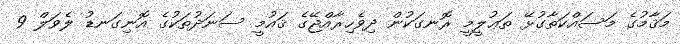
މަޤާމުގެ މަސައްކަތާގުޅޭ ތަޢުލީމީ ރޮނގަކުން ދިވެހިރާއްޖޭގެ ޤައުމީ ސަނަދުތަކުގެ އޮނިގަނޑު ލެވަލް 9